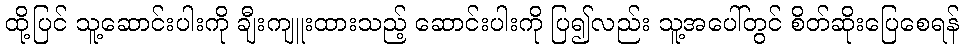
ထို့ပြင် သူ့ဆောင်းပါးကို ချီးကျူးထားသည့် ဆောင်းပါးကို ပြ၍လည်း သူ့အပေါ်တွင် စိတ်ဆိုးပြေစေရန်